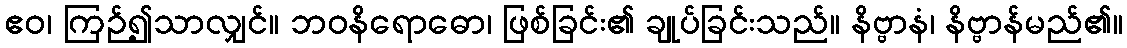
ဧဝ၊ ကြဉ်၍သာလျှင်။ ဘဝနိရောဓော၊ ဖြစ်ခြင်း၏ ချုပ်ခြင်းသည်။ နိဗ္ဗာနံ၊ နိဗ္ဗာန်မည်၏။